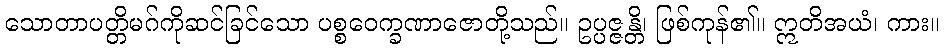
သောတာပတ္တိမဂ်ကိုဆင်ခြင်သော ပစ္စဝေက္ခဏာဇောတို့သည်။ ဥပ္ပဇ္ဇန္တိ၊ ဖြစ်ကုန်၏။ ဣတိအယံ၊ ကား။